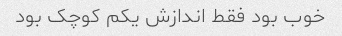
خوب بود فقط اندازش یکم کوچک بود